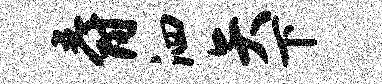
爵泗矢下